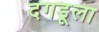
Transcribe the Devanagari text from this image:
दगडूला